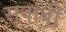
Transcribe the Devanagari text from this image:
सवाबी